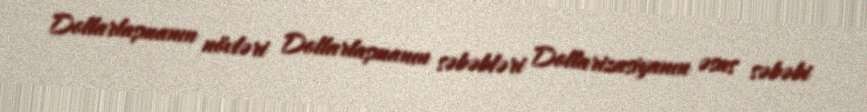
Dollarlaşmanın növləri Dollarlaşmanın səbəbləri Dollarizasiyanın əsas səbəbi